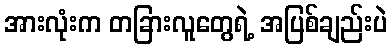
အားလုံးက တခြားလူတွေရဲ့ အပြစ်ချည်းပဲ